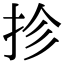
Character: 抮